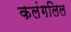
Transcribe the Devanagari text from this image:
कलंगलिल